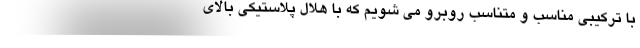
با ترکیبی مناسب و متناسب روبرو می شویم که با هلال پلاستیکی بالای